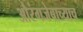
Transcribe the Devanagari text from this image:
औरंगजेबाच्याच